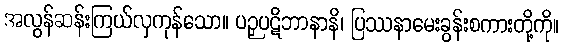
အလွန်ဆန်းကြယ်လှကုန်သော။ ပဉှပဋိဘာနာနိ၊ ပြဿနာမေးခွန်းစကားတို့ကို။